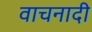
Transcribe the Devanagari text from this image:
वाचनादी